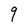
Character: q